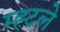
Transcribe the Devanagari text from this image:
म्ह्टले